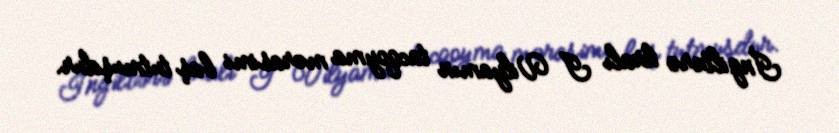
İngiltərə kralı I Vilyamın tacqoyma mərasimi baş tutmuşdur.